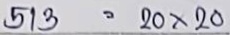
513 = 20 x 20